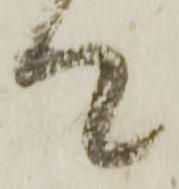
て